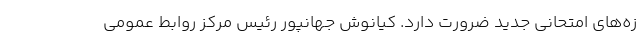
زه‌های امتحانی جدید ضرورت دارد. کیانوش جهانپور رئیس مرکز روابط عمومی